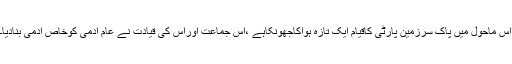
اس ماحول میں پاک سرزمین پارٹی کاقیام ایک تازہ ہواکاجھونکاہے ،اس جماعت اوراس کی قیادت نے عام آدمی کوخاص آدمی بنادیا۔